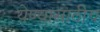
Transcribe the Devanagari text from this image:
येण्यासाठीच